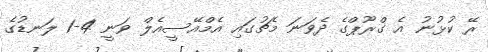
ރޭ ކުޅުނު އެ ގްރޫޕްގެ ދެވަނަ މެޗުގައި އެމްއޭސީއެލް ވަނީ 4-1 ލަނޑުގެ